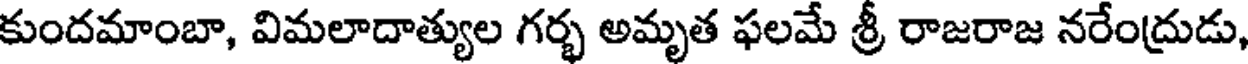
కుందమాంబా, విమలాదాత్యుల గర్భ అమృత ఫలమే శ్రీ రాజరాజ నరేంద్రుడు,